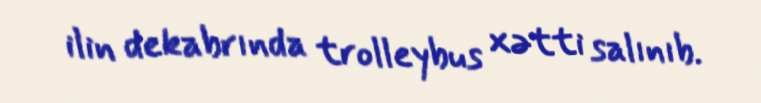
ilin dekabrında trolleybus xətti salınıb.